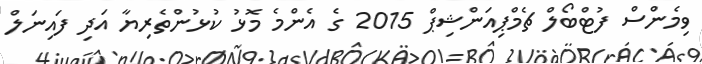
ވިމެންސް ފުޓްބޯލް ޗެމްޕިއަންޝިޕް 2015 ގެ އެންމެ މޮޅު ކުޅުންތެރިޔާ އަދި ފައިނަލް